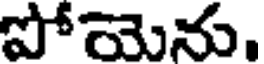
పోయెను.